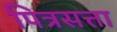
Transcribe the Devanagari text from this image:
पित्रसत्ता